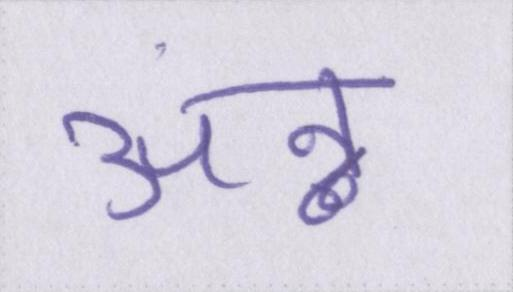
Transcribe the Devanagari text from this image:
अन्न